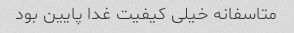
متاسفانه خیلی کیفیت غدا پایین بود